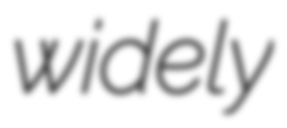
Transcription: widely